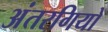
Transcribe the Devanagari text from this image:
अंतरगियों